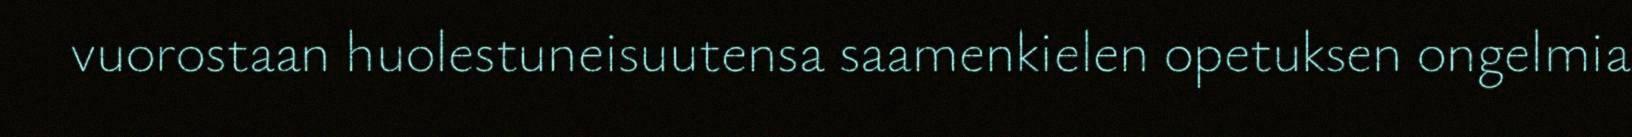
vuorostaan huolestuneisuutensa saamenkielen opetuksen ongelmia